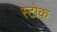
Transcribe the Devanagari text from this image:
स्‍टोक